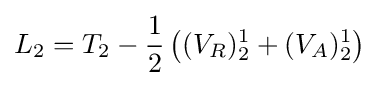
L_{2}=T_{2}-{\frac {1}{2}}\left((V_{R})_{2}^{1}+(V_{A})_{2}^{1}\right)